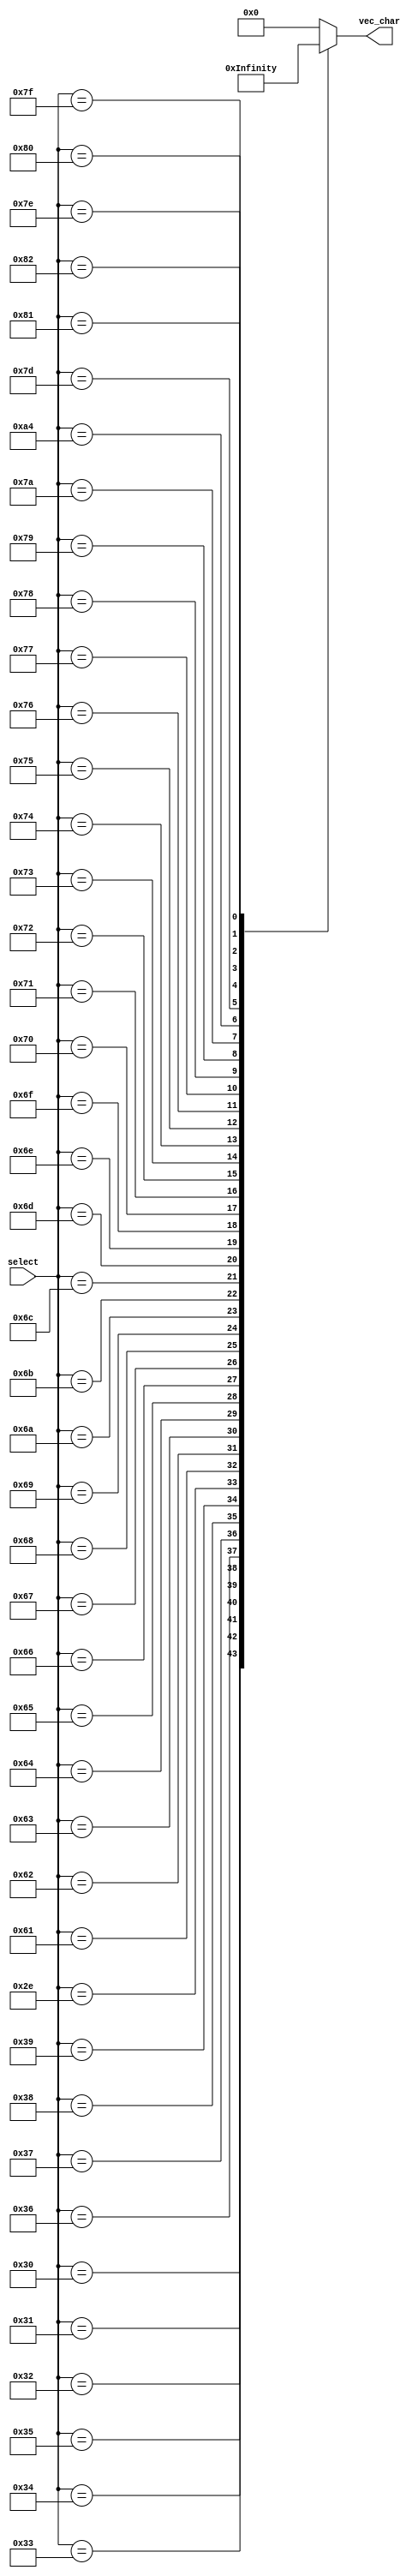
module characters(select,vec_char);

	input [7:0] select ;
	output reg [39:0] vec_char;
	wire [39:0]vect_char_a;//97
	wire [39:0]vect_char_b;
	wire [39:0]vect_char_c;
	wire [39:0]vect_char_d;
	wire [39:0]vect_char_e;
	wire [39:0]vect_char_f;
	wire [39:0]vect_char_g;
	wire [39:0]vect_char_h;
	wire [39:0]vect_char_i;
	wire [39:0]vect_char_j;
	wire [39:0]vect_char_k;
	wire [39:0]vect_char_l;
	wire [39:0]vect_char_m;
	wire [39:0]vect_char_n;
	wire [39:0]vect_char_o;
	wire [39:0]vect_char_p;
	wire [39:0]vect_char_q;
	wire [39:0]vect_char_r;
	wire [39:0]vect_char_s;
	wire [39:0]vect_char_t;
	wire [39:0]vect_char_u;
	wire [39:0]vect_char_v;
	wire [39:0]vect_char_w;
	wire [39:0]vect_char_x;
	wire [39:0]vect_char_y;
	wire [39:0]vect_char_z;
	wire [39:0]vect_char_nn;
	wire [39:0] vect_char_space;
	
	wire [39:0]vect_num_0;//48
	wire [39:0]vect_num_1;
	wire [39:0]vect_num_2;
	wire [39:0]vect_num_3;
	wire [39:0]vect_num_4;
	wire [39:0]vect_num_5;
	wire [39:0]vect_num_6;
	wire [39:0]vect_num_7;
	wire [39:0]vect_num_8;
	wire [39:0]vect_num_9;
	wire [39:0]vect_num_p;
	
    wire [39:0]vect_sym_plus;
    wire [39:0]vect_sym_minus;
    wire [39:0]vect_sym_mult;
    wire [39:0]vect_sym_and;
    wire [39:0]vect_sym_or;
    wire [39:0]vect_sym_arrow;

	assign vect_char_space={5'b00000,5'b00000,5'b00000,5'b00000,5'b00000,5'b00000,5'b00000,5'b00000};
	assign vect_char_a={5'b00000,5'b11110,5'b10001,5'b11110,5'b10000,5'b01110,5'b00000,5'b00000};
	assign vect_char_b={5'b00000,5'b01111,5'b10001,5'b10001,5'b10011,5'b01101,5'b00001,5'b00001};
	assign vect_char_c={5'b00000,5'b01110,5'b10001,5'b00001,5'b00001,5'b01110,5'b00000,5'b00000};
	assign vect_char_d={5'b00000,5'b11110,5'b10001,5'b10001,5'b11001,5'b10110,5'b10000,5'b10000};
	assign vect_char_e={5'b00000,5'b01110,5'b00001,5'b11111,5'b10001,5'b01110,5'b00000,5'b00000};
	assign vect_char_f={5'b00000,5'b00010,5'b00010,5'b00010,5'b00111,5'b00010,5'b10010,5'b01100};
	assign vect_char_g={5'b00000,5'b01110,5'b10000,5'b11110,5'b10001,5'b10001,5'b11110,5'b00000};
	assign vect_char_h={5'b00000,5'b10001,5'b10001,5'b10001,5'b10011,5'b01101,5'b00001,5'b00001};
	assign vect_char_i={5'b00000,5'b01110,5'b00100,5'b00100,5'b00100,5'b00110,5'b00000,5'b00100};
	assign vect_char_j={5'b00000,5'b00110,5'b01001,5'b01000,5'b01000,5'b01100,5'b00000,5'b01000};
	assign vect_char_k={5'b00000,5'b01001,5'b00101,5'b00011,5'b00101,5'b01001,5'b00001,5'b00001};
	assign vect_char_l={5'b00000,5'b01110,5'b00100,5'b00100,5'b00100,5'b00100,5'b00100,5'b00110};
	assign vect_char_m={5'b00000,5'b10001,5'b10001,5'b10101,5'b10101,5'b01011,5'b00000,5'b00000};
	assign vect_char_n={5'b00000,5'b10001,5'b10001,5'b10001,5'b10011,5'b01101,5'b00000,5'b00000};
	assign vect_char_o={5'b00000,5'b01110,5'b10001,5'b10001,5'b10001,5'b01110,5'b00000,5'b00000};
	assign vect_char_p={5'b00010,5'b00010,5'b01110,5'b10010,5'b01100,5'b00000,5'b00000,5'b00000};
    assign vect_char_q={5'b01000,5'b01000,5'b01110,5'b01001,5'b00110,5'b00000,5'b00000,5'b00000};
    assign vect_char_r={5'b00010,5'b00010,5'b00010,5'b10110,5'b01010,5'b00000,5'b00000,5'b00000};
    assign vect_char_s={5'b01100,5'b10010,5'b10000,5'b01100,5'b00010,5'b10010,5'b01100,5'b00000};
    assign vect_char_t={5'b01000,5'b00100,5'b00100,5'b01110,5'b00100,5'b00000,5'b00000,5'b00000};
    assign vect_char_u={5'b01110,5'b10001,5'b10001,5'b10001,5'b10001,5'b00000,5'b00000,5'b00000};
    assign vect_char_v={5'b00100,5'b01010,5'b01010,5'b10001,5'b10001,5'b00000,5'b00000,5'b00000};
    assign vect_char_w={5'b01010,5'b11111,5'b10101,5'b10001,5'b10001,5'b00000,5'b00000,5'b00000};
    assign vect_char_x={5'b01010,5'b01010,5'b00100,5'b01010,5'b01010,5'b00000,5'b00000,5'b00000};
    assign vect_char_y={5'b00100,5'b00100,5'b00100,5'b01010,5'b01010,5'b00000,5'b00000,5'b00000};
    assign vect_char_z={5'b01110,5'b00010,5'b00100,5'b01000,5'b01110,5'b00000,5'b00000,5'b00000};
    assign vect_char_nn={5'b10001,5'b11001,5'b10101,5'b10011,5'b10001,5'b00000,5'b01110,5'b00000};

	assign vect_num_0={5'b00000,5'b01110,5'b10001,5'b10011,5'b10101,5'b11001,5'b10001,5'b01110};
	assign vect_num_1={5'b00000,5'b01110,5'b00100,5'b00100,5'b00100,5'b00100,5'b00110,5'b00100};
	assign vect_num_2={5'b00000,5'b11111,5'b00010,5'b00100,5'b01000,5'b10000,5'b10001,5'b01110};
	assign vect_num_3={5'b00000,5'b01110,5'b10001,5'b10000,5'b01000,5'b00100,5'b01000,5'b11111};
	assign vect_num_4={5'b00000,5'b01000,5'b01000,5'b11111,5'b01001,5'b01010,5'b01100,5'b01000};
	assign vect_num_5={5'b01110,5'b10001,5'b10000,5'b10000,5'b01110,5'b00001,5'b00001,5'b11111};
	assign vect_num_6={5'b01110,5'b10001,5'b10001,5'b01111,5'b00001,5'b00001,5'b00001,5'b01110};
    assign vect_num_7={5'b00010,5'b00010,5'b00100,5'b00100,5'b01000,5'b01000,5'b10000,5'b11111};
    assign vect_num_8={5'b01110,5'b10001,5'b10001,5'b10001,5'b01110,5'b10001,5'b10001,5'b01110};
    assign vect_num_9={5'b10000,5'b10000,5'b10000,5'b11110,5'b10001,5'b10001,5'b10001,5'b01110};
    assign vect_num_p={5'b11100,5'b11100,5'b11100,5'b00000,5'b00000,5'b00000,5'b00000,5'b00000};

	assign vect_sym_plus = {5'b00000,5'b00000,5'b00100,5'b01110,5'b00100,5'b00000,5'b00000,5'b00000};
    assign vect_sym_minus = {5'b00000,5'b00000,5'b00000,5'b01110,5'b00000,5'b00000,5'b00000,5'b00000};
    assign vect_sym_and = {5'b00000,5'b10110,5'b10101,5'b00010,5'b00101,5'b01001,5'b00110};
    assign vect_sym_mult = {5'b00000,5'b00100,5'b10101,5'b01110,5'b10101,5'b00100,5'b00000,5'b00000};
    assign vect_sym_or = {5'b00000,5'b00100,5'b00100,5'b00100,5'b00100,5'b00100,5'b00000,5'b00000};
    assign vect_sym_arrow = {5'b00000,5'b00000,5'b00100,5'b00110,5'b11111,5'b00110,5'b00100,5'b00000};

	always@(*)

		case(select)

			"0":vec_char=vect_num_0;

			"1":vec_char=vect_num_1;

			"2":vec_char=vect_num_2;

			"3":vec_char=vect_num_3;

			"4":vec_char=vect_num_4;

			"5":vec_char=vect_num_5;

			"6":vec_char=vect_num_6;

			"7":vec_char=vect_num_7;

			"8":vec_char=vect_num_8;

			"9":vec_char=vect_num_9;

			8'd46:vec_char=vect_num_p;

			8'd32:vec_char=vect_char_space;

			8'd97:vec_char=vect_char_a;

			8'd98:vec_char=vect_char_b;

			8'd99:vec_char=vect_char_c;

			8'd100:vec_char=vect_char_d;

			8'd101:vec_char=vect_char_e;

			8'd102:vec_char=vect_char_f;

			8'd103:vec_char=vect_char_g;

			8'd104:vec_char=vect_char_h;

			8'd105:vec_char=vect_char_i;

			8'd106:vec_char=vect_char_j;

			8'd107:vec_char=vect_char_k;

			8'd108:vec_char=vect_char_l;

			8'd109:vec_char=vect_char_m;

			8'd110:vec_char=vect_char_n;

			8'd111:vec_char=vect_char_o;

			8'd112:vec_char=vect_char_p;

			8'd113:vec_char=vect_char_q;

			8'd114:vec_char=vect_char_r;

			8'd115:vec_char=vect_char_s;

			8'd116:vec_char=vect_char_t;

			8'd117:vec_char=vect_char_u;

			8'd118:vec_char=vect_char_v;

			8'd119:vec_char=vect_char_w;

			8'd120:vec_char=vect_char_x;

			8'd121:vec_char=vect_char_y;

			8'd122:vec_char=vect_char_z;

			8'd164:vec_char=vect_char_nn;//
			
			8'd125:vec_char=vect_sym_plus;
			8'd127:vec_char=vect_sym_mult;
			8'd126:vec_char=vect_sym_minus;
			8'd128:vec_char=vect_sym_and;
			8'd129:vec_char=vect_sym_or;
            8'd130:vec_char=vect_sym_arrow;


			default :vec_char=vect_char_space;//punto

	endcase

endmodule